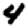
Digit: 4